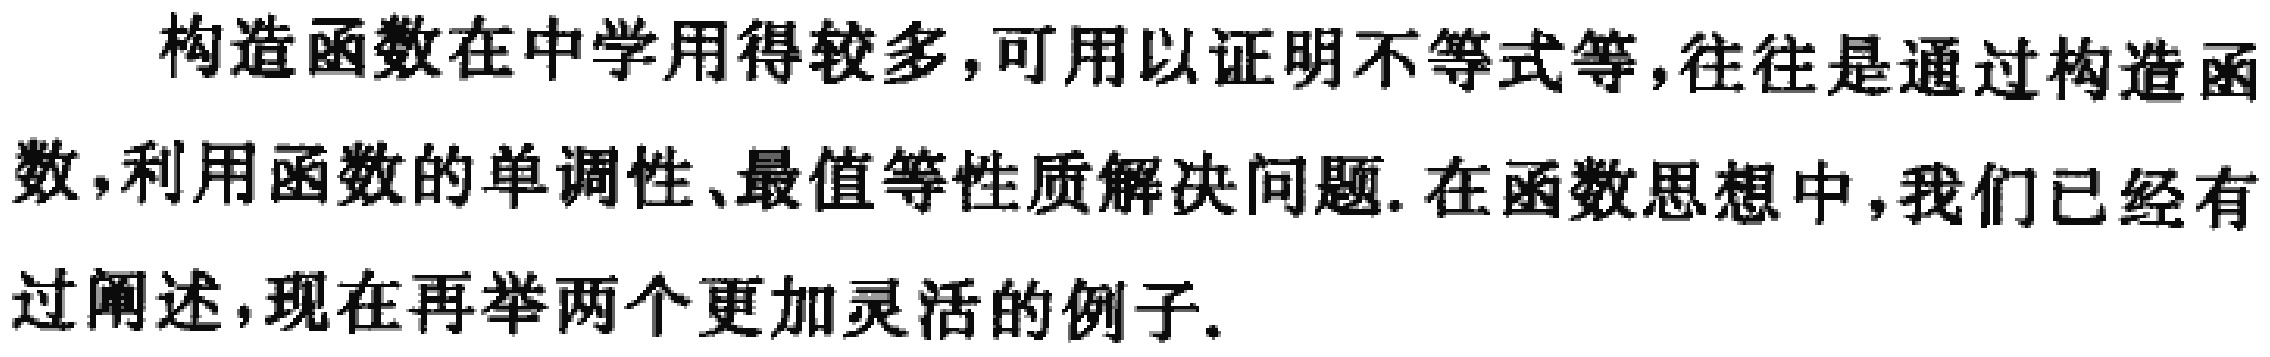
构造函数在中学用得较多,可用以证明不等式等,往往是通过构造函数,利用函数的单调性、最值等性质解决问题.在函数思想中,我们已经有过阐述,现在再举两个更加灵活的例子.